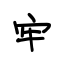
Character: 牢